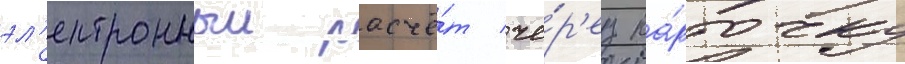
эл'ектронныи расчё́т че́р'ез ка́рточку